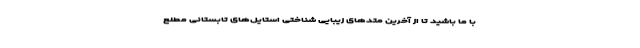
با ما باشید تا از آخرین متدهای زیبایی شناختی استایل‌های تابستانی مطلع